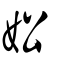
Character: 妐